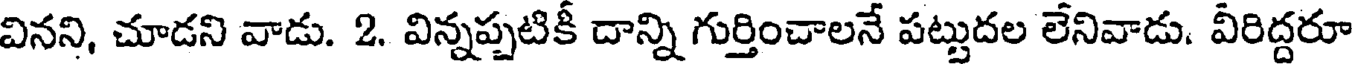
వినని, చూడని వాడు. 2. విన్నప్పటికీ దాన్ని గుర్తించాలనే పట్టుదల లేనివాడు. వీరిద్దరూ